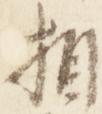
相